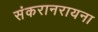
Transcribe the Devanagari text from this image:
संकरानरायना